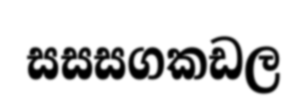
සසසගකඩල